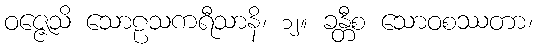
ဝဇ္ဇေသိ သောဠသကရီသာနိ၊ ၁၂။ ခန္တီစ သောဝစဿတာ၊